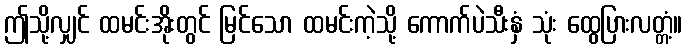
ဤသို့လျှင် ထမင်းအိုးတွင် မြင်သော ထမင်းကဲ့သို့ ကောက်ပဲသီးနှံ သုံး ထွေပြားလတ္တံ့။